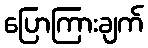
ပြောကြားချက်